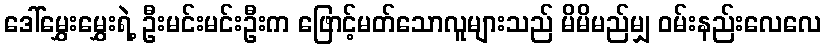
ဒေါ်မွှေးမွှေးရဲ့ ဦးမင်းမင်းဦးက ဖြောင့်မတ်သောလူများသည် မိမိမည်မျှ ဝမ်းနည်းလေလေ